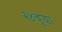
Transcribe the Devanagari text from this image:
२४च्या